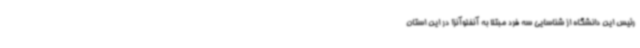
رئیس این دانشگاه از شناسایی سه فرد مبتلا به آنفلوآنزا در این استان